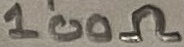
Text: 100Ω